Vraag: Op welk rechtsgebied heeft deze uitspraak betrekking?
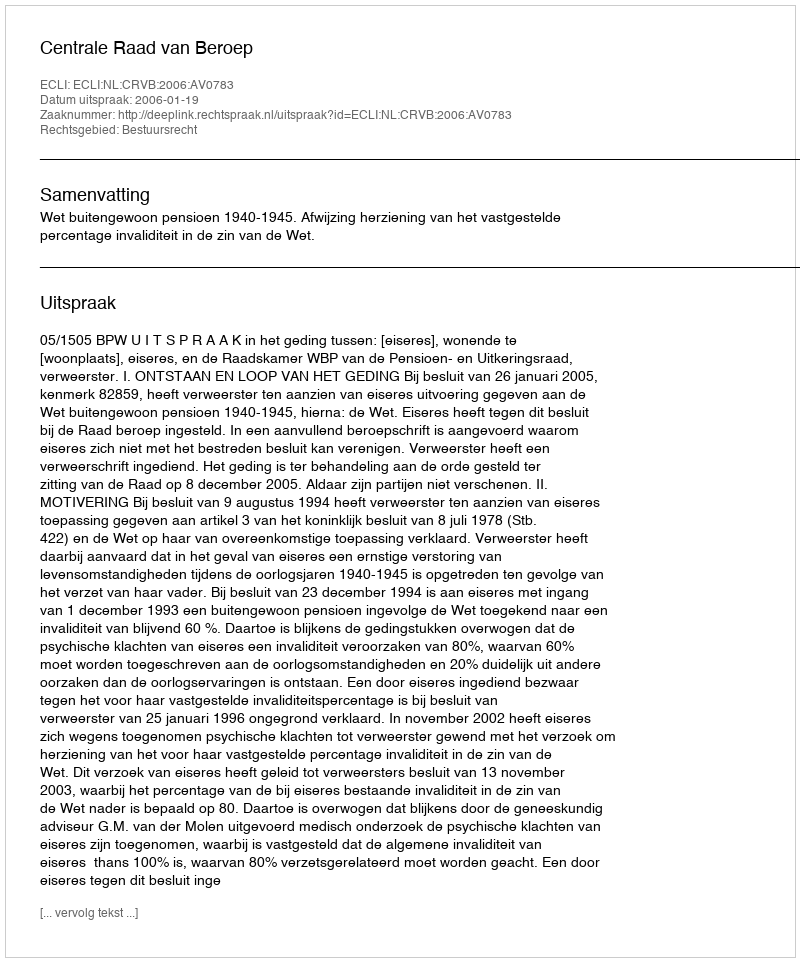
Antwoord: Bestuursrecht